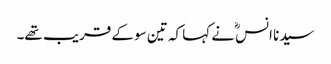
سیدنا انسؓ نے کہا کہ تین سو کے قریب تھے۔